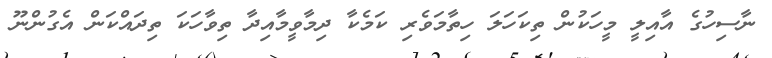
ނާސިހުގެ އާއިލީ މީހަކުން ތިކަހަލަ ހިތާމަވެރި ކަމެކާ ދިމާވީމާއިދާ ތިވާހަކަ ތިދައްކަން އެގުންނޫ